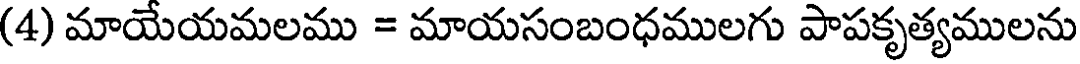
(4) మాయేయమలము = మాయసంబంధములగు పాపకృత్యములను